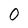
Character: 0